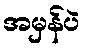
အမှန်ပဲ